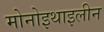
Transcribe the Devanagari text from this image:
मोनोइथाइलीन